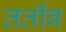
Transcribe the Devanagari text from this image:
तर्तीब